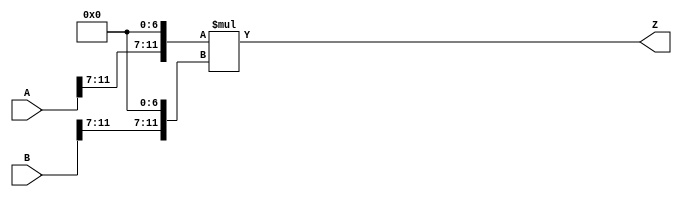
/***
* This code is a part of EvoApproxLib library (ehw.fit.vutbr.cz/approxlib) distributed under The MIT License.
* When used, please cite the following article(s): PRABAKARAN B. S., MRAZEK V., VASICEK Z., SEKANINA L., SHAFIQUE M. ApproxFPGAs: Embracing ASIC-based Approximate Arithmetic Components for FPGA-Based Systems. DAC 2020. 
***/
// MAE% = 1.53 %
// MAE = 256000 
// WCE% = 6.10 %
// WCE = 1024001 
// WCRE% = 100.00 %
// EP% = 99.95 %
// MRE% = 15.79 %
// MSE = 92062.713e6 
// FPGA_POWER = 0.43
// FPGA_DELAY = 8.7
// FPGA_LUT = 22



module mul12u_34Q(
	A, 
	B,
	Z
);

input [12-1:0] A;
input [12-1:0] B;
output [2*12-1:0] Z;

wire [12-1:0] tmpA;
wire [12-1:0] tmpB;
assign tmpA = {A[12-1:7],{7{1'b0}}};
assign tmpB = {B[12-1:7],{7{1'b0}}};
assign Z = tmpA * tmpB;
endmodule